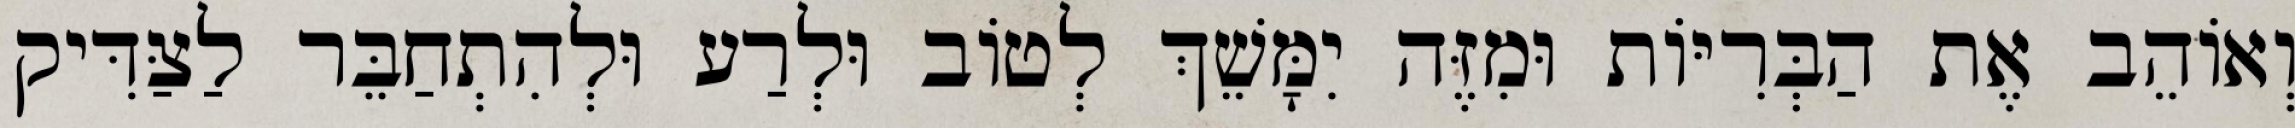
וְאוֹהֵב אֶת הַבְּרִיּוֹת וּמִזֶּה יִמָּשֵׁךְ לְטוֹב וּלְרַע וּלְהִתְחַבֵּר לַצַּדִּיק